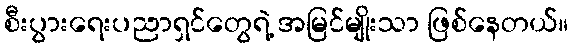
စီးပွားရေးပညာရှင်တွေရဲ့ အမြင်မျိုးသာ ဖြစ်နေတယ်။